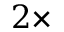
2 \times